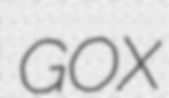
GOX